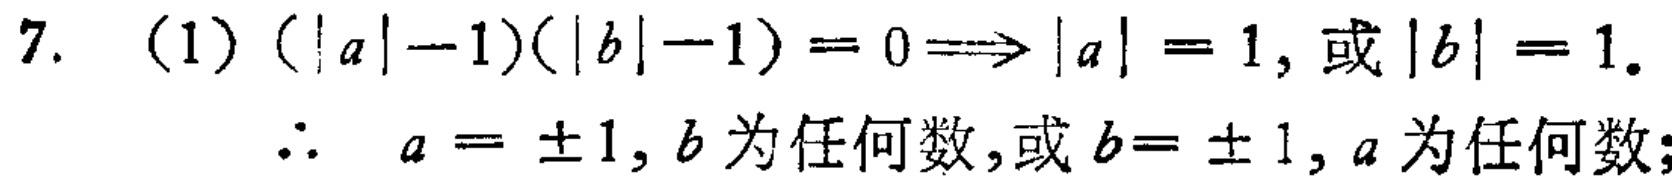
7. (1) \((|a|-1)(|b|-1)=0\Longrightarrow|a| = 1,\ 或\ |b| = 1.\)

\(\therefore a=\pm1,\ b为任何数,或\ b = \pm1,\ a为任何数;\)